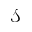
\mathcal { S }